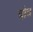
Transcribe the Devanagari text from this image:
वोव